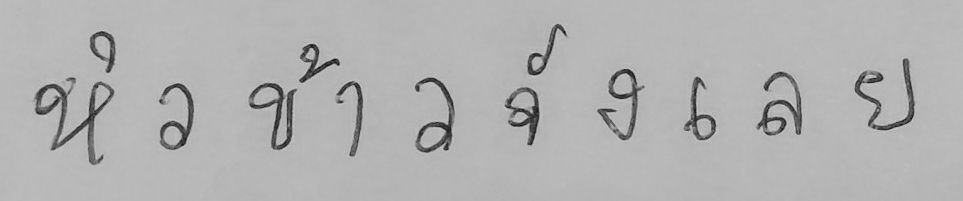
หิวข้าวจังเลย